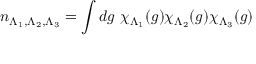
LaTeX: n _ { \Lambda _ { 1 } , \Lambda _ { 2 } , \Lambda _ { 3 } } = \int d g \ \chi _ { \Lambda _ { 1 } } ( g ) \chi _ { \Lambda _ { 2 } } ( g ) \chi _ { \Lambda _ { 3 } } ( g )